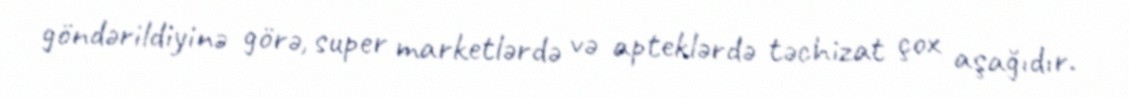
göndərildiyinə görə, super marketlərdə və apteklərdə təchizat çox aşağıdır.